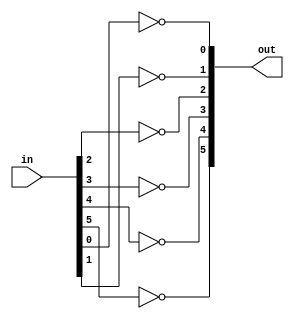
`timescale 1ns / 1ps 

module Negative(in, out); // module to calculate negative number 

	input wire [5:0] in; // in 6 bit input 
	output wire [5:0] out; // out 6 bit input 

	assign out[0] = ~in[0]; // negate 0 bit
	assign out[1] = ~in[1]; // negate 1 bit 
	assign out[2] = ~in[2]; // negate 2 bit
	assign out[3] = ~in[3]; // negate 3 bit
	assign out[4] = ~in[4]; // negate 4 bit
	assign out[5] = ~in[5]; // negate 5 bit 
	
	
	
endmodule